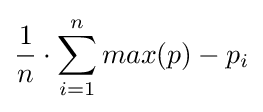
{\frac {1}{n}}\cdot \sum _{i=1}^{n}max(p)-p_{i}